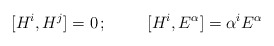
\begin{align*}[H^i, H^j] = 0 \, ; \hspace{1cm}[H^i, E^{\alpha}] = \alpha^i E^{\alpha}\end{align*}